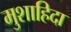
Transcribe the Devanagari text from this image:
मुशाहिदा